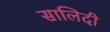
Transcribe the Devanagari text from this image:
सालिदी